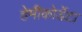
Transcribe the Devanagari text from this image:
हेमीकोर्डेटा